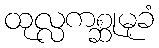
ထုလ္လကစ္ဆုမုခံ